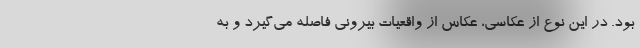
بود. در این نوع از عکاسی، عکاس از واقعیات بیرونی فاصله می‌گیرد و به